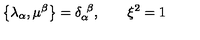
\left\{ \lambda _ { \alpha } , \mu ^ { \beta } \right\} = \delta _ { \alpha } ^ { \ \beta } , \qquad \xi ^ { 2 } = 1